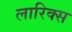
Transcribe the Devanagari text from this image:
लारिक्स